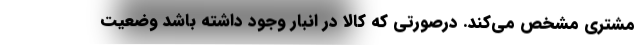
مشتری مشخص می‌کند. درصورتی که کالا در انبار وجود داشته باشد وضعیت